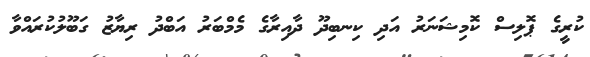
ކުރީގެ ޕޮލިސް ކޮމިޝަނަރު އަދި ކިނބިދޫ ދާއިރާގެ މެމްބަރު އަބްދު ރިޔާޒު ގަބޫލުކުރައްވާ